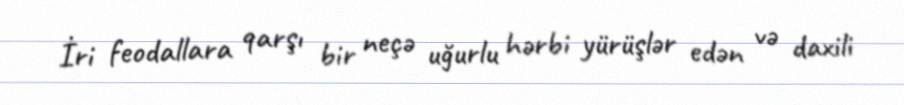
İri feodallara qarşı bir neçə uğurlu hərbi yürüşlər edən və daxili